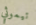
تيموثي